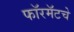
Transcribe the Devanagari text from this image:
फॉरमॅटचे